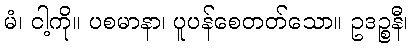
မံ၊ ငါ့ကို။ ပစမာနာ၊ ပူပန်စေတတ်သော။ ဥဒဉ္စနီ၊